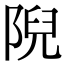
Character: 𨺙